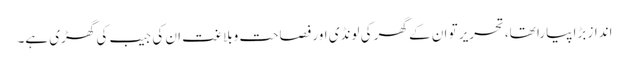
انداز بڑا پیارا تھا،تحریر تو ان کے گھر کی لونڈی اور فصاحت وبلاغت ان کی جیب کی گھڑی ہے۔